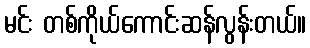
မင်း တစ်ကိုယ်ကောင်းဆန်လွန်းတယ်။